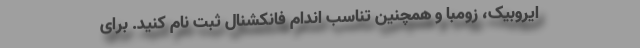
ایروبیک، زومبا و همچنین تناسب اندام فانکشنال ثبت‌ نام کنید. برای